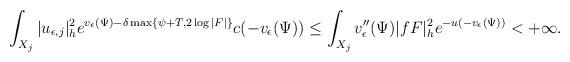
LaTeX: \begin{align*}\int_{X_j}|u_{\epsilon,j}|^2_{h}e^{v_\epsilon(\Psi)-\delta \max\{\psi+T,2\log|F|\}}c(-v_\epsilon(\Psi))\le\int_{X_j}v''_{\epsilon}(\Psi)|fF|^2_h e^{-u(-v_{\epsilon}(\Psi))}<+\infty.\end{align*}